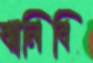
ঝালিবি